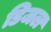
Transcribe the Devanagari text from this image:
डिजल